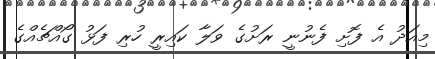
މިއަދު އެ ފޮށި ފެނުނީ ރަށުގެ ވަލާ ކައިރީ ހުރި ފަޅު ގޯއްޗެއްގެ